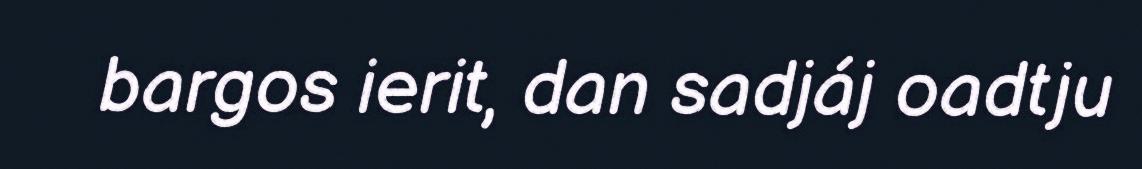
bargos ierit, dan sadjáj oadtju